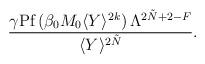
LaTeX: \begin{align*}\frac{\gamma\mbox{Pf}\,(\beta_{0} M_{0} \langle Y\rangle^{2k})\, \Lambda^{2\tilde{N}+2-F}} {\langle Y\rangle^{2\tilde{N}}} .\end{align*}